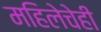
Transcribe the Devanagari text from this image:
महिलेचेही